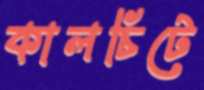
কালচিটে